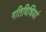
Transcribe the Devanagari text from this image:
गतिविधियां